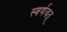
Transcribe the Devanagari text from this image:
स्वर्णवत्